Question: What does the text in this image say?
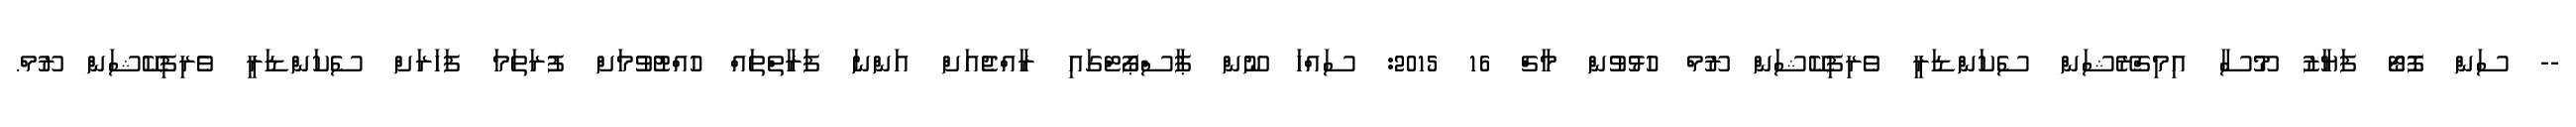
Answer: -- ސަން ފޮޓޯ ފަޔާޒު މޫސާ އިމިގްރޭޝަން ސެކަންޑަރީ ވެރިފިކޭޝަން ރޫމް ހުޅުވުން މާޗް 16 2015: ސައްހަ ނޫން ޕާސްޕޯޓްގައި ރާއްޖެއަށް އަންނަ ފަރާތްތައް ހުއްޓުވުމަށް ފުރަތަމަ ފަހަރަށް ސެކަންޑަރީ ވެރިފިކޭޝަން ރޫމް.